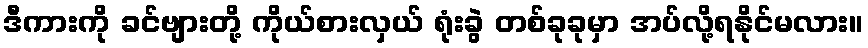
ဒီကားကို ခင်ဗျားတို့ ကိုယ်စားလှယ် ရုံးခွဲ တစ်ခုခုမှာ အပ်လို့ရနိုင်မလား။